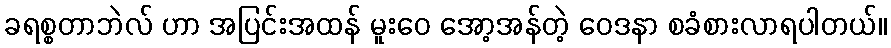
ခရစ္စတာဘဲလ် ဟာ အပြင်းအထန် မူးဝေ အော့အန်တဲ့ ဝေဒနာ စခံစားလာရပါတယ်။